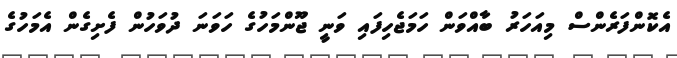
އެކޮންފަރެންސް މިއަހަރު ބާއްވަން ހަމަޖެހިފައި ވަނީ ޖޫންމަހުގެ ހަވަނަ ދުވަހުން ފެށިގެން އެމަހުގެ